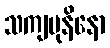
သကျမုနိနော